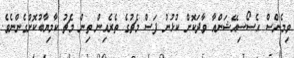
ވިމެންސް އެސޯސިއޭޝަންއާ ވާދަކޮށް ކުޅުނު ފަސް މެޗުގެ ތެރެއިން ތިން މެޗު ކާމިޔާބުކޮށްގެންނެވެ.